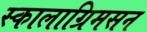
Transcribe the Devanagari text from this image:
स्कालाग्रिमसन